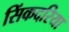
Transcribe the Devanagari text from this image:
सिंकदरिया